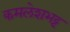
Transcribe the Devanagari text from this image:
कमलेशभट्ट